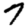
Digit: 7